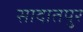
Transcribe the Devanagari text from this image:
सादातपुर